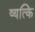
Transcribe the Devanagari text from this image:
व्यत्कि